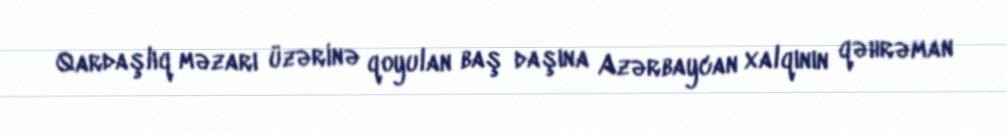
Qardaşlıq məzarı üzərinə qoyulan baş daşına Azərbaycan xalqının qəhrəman